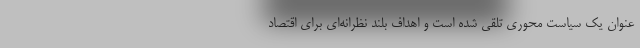
عنوان یک سیاست محوری تلقی شده است و اهداف بلند نظرانه‌ای برای اقتصاد